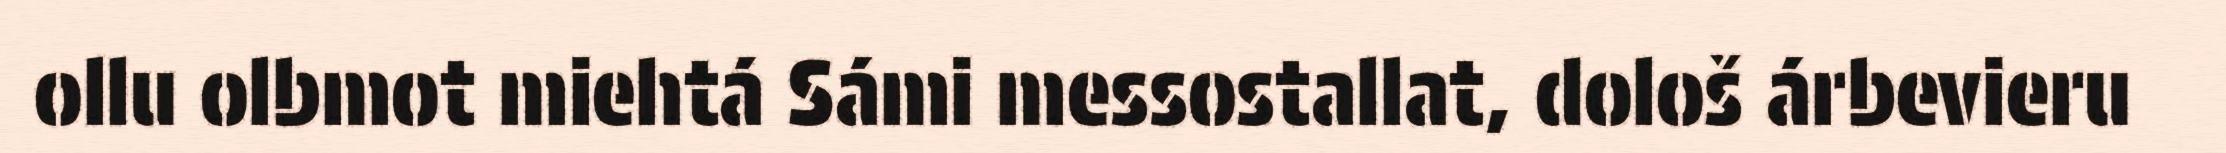
ollu olbmot miehtá Sámi messostallat, dološ árbevieru